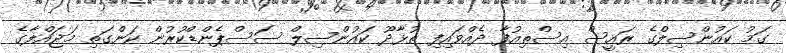
ގަމު ކައުންސިލްގެ ރައީސް އިސްތިއުފާ ދެއްވައިފި ތުޅާދޫ ކައުންސިލް ސަސްޕެންޑްކުރުން ކަންގަތި މަޖައްލާގެ